Vaccination North-Western Provinces and Oudh 1878-1895 - 1878-1895
Year: 1878
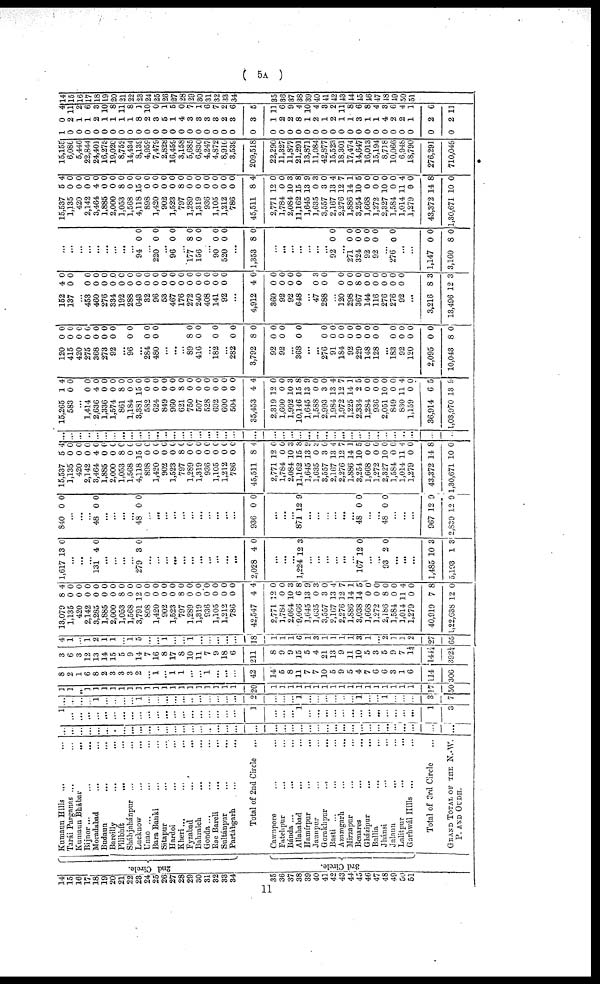
( 5A )
14
15
16
17
18
19
20
21
22
23
24
25
26
27
28
29
30
31
32
33
34
35
36
37
38
39
40
41
42
43
44
45
46
47
48
49
50
51
2nd Circle.
3rd Circle.
Kumaun Hills ... ...
Tarái Parganas ... ...
Kumaun Bhábar ... ...
Bijnor ... ...
Moradabad ... ...
Budaun ... ...
Bareilly ... ...
Pilibhit ... ...
Sháhjahánpur ... ...
Lucknow ... ...
Unao ... ...
Bara Banki ... ...
Sitapur ... ...
Hardoi ... ...
Kheri ... ...
Fyzabad
...
...
Bahraich ... ...
Gonda ... ...
Rae Bareli ... ...
Sultánpur ... ...
Partábgarh ... ...
Total of 2nd Circle
...
Cawnpore ... ...
Fatehpur ... ...
Bánda ... ...
Allahabad ... ...
Hamírpur ... ...
Jaunpur ... ...
Gorakhpur ... ...
Basti ... ...
Azamgarh ... ...
Mirzapur ... ...
Benares ... ...
Gházipur ... ...
Ballia ... ...
Jhánsi ... ...
Jalaun
...
...
Lalitpur
...
...
Garhwál Hills ... ...
Total of 3rd Circle ...
GRAND TOTAL OF THE N.-W.
P. AND OUDH.
...
...
...
...
...
...
...
...
...
...
...
...
...
...
...
...
...
...
...
...
...
...
...
...
...
...
...
...
...
...
...
...
...
...
...
...
...
...
...
...
...
1
...
...
...
...
...
...
...
...
...
...
...
...
...
...
...
...
...
...
...
...
1
...
...
...
1
...
...
...
...
...
...
...
...
...
...
...
...
...
1
3
...
...
...
...
1
...
...
...
...
1
...
...
...
...
...
..
...
...
...
...
...
2
...
...
...
1
...
...
...
...
...
...
1
...
...
1
...
...
...
3
7
1
1
...
1
1
1
1
1
1
1
1
1
1
1
1
1
1
1
1
1
1
20
1
1
1
1
1
1
1
1
1
1
1
1
1
1
1
1
1
17
50
8
2
1
6
8
2
3
3
3
2
...
1
... 1
1
...
...
1
...
...
...
42
14
5
8
11
7
7
10
5
9
5
4
7
6
6
3
1
6
114
306
3
6
3
12
13
14
15
5
9
14
7
16
8
17
8
10
11
7
9
18
6
211
8
9
9
15
5
4
21
13
9
11
10
5
3
5
9
7
1¼
144¼
392¼
4
1
...
1
2
1
1
...
1 5
...
...
1
...
...
1
...
...
...
...
18
1
1
1
6
1
3
1
1
1
1
3
1
2
1
1
2
27
65
13,079
1,135
420
2,142
3,285
1,885
2,000
1,053
1,568
3,791
898
1,420
902
1,523
797
1,289
1,319
936
1,105
1,212
786
42,547
2,771
1,784
2,084
9,066
1,645
1,635
3,557
2,167
2,276
1,886
3,038
1,668
1,272
2,186
1,584
1,014
1,279
40,919
l,22,638
8
0
0
0
0
0
0
8
0
12
0
0
0
0
8
0
0
0
0
0
0
4
12
0
10
6
13
0
3
13
12
14
14
0
0
8
0
11
0
7
12
4
0
0
0
0
0
0
0
0
0
0
0
0
0
0
0
0
0
0
0
0
4
0
0
3
8
9
3
0
4
7
1
5
0
0
0
0
4
0
8
0
1,617 13 0
...
...
...
131 4 0
...
...
...
...
279 3 0
...
...
...
...
...
...
...
...
...
...
...
2,028 4 0
...
...
...
1,224 12 3
...
...
...
...
...
...
167 12 0
...
...
93 2 0
...
...
...
1,485
5,193
10
1
3
3
840 0 0
...
...
...
48 0 0
...
...
...
...
48 0 0
...
...
...
...
...
...
...
...
...
...
...
936 0 0
...
...
...
871 12 9
...
...
...
...
...
...
48 0 0
...
...
48 0 0
...
...
...
967
2,839
12
12
9
9
15,537
1,135
420
2,142
3,464
1,885
2,000
1,053
1,568
4,118
898
1,420
902
1,523
797
1,289
1,319
936
1,105
1,212
786
45,511
2,771
1,784
2,084
11,162
1,645
1,635
3,557
2,167
2,276
1,886
3,254
1,668
1,272
2,327
1,584
1,014
1,279
43,372
1,30,671
5
0
0
0
4
0
0
8
0
15
0
0
0
0
8
0
0
0
0
0
0
8
12
0
10
15
13
0
3
13
12
14
10
0
0
10
0
11
0
14
10
4
0
0
0
0
0
0
0
0
0
0
0
0
0
0
0
0
0
0
0
0
4
0
0
3
8
9
3
0
4
7
1
5
0
0
0
0
4
0
8
0
...
...
...
...
...
...
...
...
...
...
...
...
...
...
...
...
...
...
...
...
...
...
...
...
...
...
...
...
...
...
...
...
...
...
...
...
...
15,265
583
1
0
4
0
...
1,414
2,636
1,336
1,574
861
1,184
3,381
582
624
849
960
621
750
507
528
692
600
504
35,453
2,319
1,600
1,992
10,146
1,645
1,588
2,993
1,984
1,972
1,225
2,334
1,284
936
2,051
849
830
1,159
36,914
1,03,970
0
4
0
0
8
0
15
0
0
0
0
8
0
0
0
0
0
0
4
12
0
10
15
13
0
3
13
12
14
2
0
0
10
0
11
0
6
13
0
0
0
0
0
0
0
0
0
0
0
0
0
0
0
0
0
0
4
0
0
3
8
9
0
0
4
7
1
5
0
0
0
0
4
0
5
9
120
415
420
275
368
273
92
0
0
0
0
0
0
0
0
0
0
0
0
0
0
...
96 0 0
...
284
480
0
0
0
0
...
...
...
89
416
. . .
182
8
0
0
0
0
0
...
282
3,792
92
92
0
8
0
0
0
0
0
0
...
368 0 0
...
...
276
91
184
92
229
148
128
...
183
92
120
2,095
10,043
0
0
0
0
0
0
0
0
0
0
0
8
0
0
0
0
0
0
0
0
0
0
0
0
152
137
4
0
0
0
...
453
460
276
334
192
288
643
32
96
53
467
176
272
240
408
141
92
0
0
0
0
0
0
0
0
0
0
0
0
0
0
0
0
0
0
0
0
.0
0
0
0
0
0
0
0
0
0
0
0
0
0
...
4,912
360
92
92
648
4
0
0
0
0
0
0
0
0
0
...
47
288
0
0
3
0
...
120
298
367
144
116
276
276
92
0
0
8
0
0
0
0
0
0
0
0
0
0
0
0
0
...
3,216
13,496
8
12
3
3
...
...
...
...
...
...
...
...
...
94 0 0
...
220
...
96
...
177
156
0
0
8
0
0
0
0
0
...
90
520
0
0
0
0
...
1,353 8 0
...
...
...
...
...
...
...
92 0 0
...
271
324
92
92
0
0
0
0
0
0
0
0
...
276 0 0
...
...
1,147
3,160
0
8
0
0
15,537
1,135
420
2,142
3,464
1,885
2,000
1,053
1,568
4,118
898
1,420
902
1,523
797
1,289
1,319
936
1,105
1,212
786
45,511
2,771
1,784
2,084
11,162
1,645
1,635
3,557
2,167
2,276
1,886
3,254
1,668
1,272
2,327
1,584
1,014
1,279
43,372
1,30,671
5
0
0
0
4
0
0
8
0
15
0
0
0
0
8
0
0
0
0
0
0
8
12
0
10
15
13
0
3
13
12
14
10
0
0
10
0
11
0
14
10
4
0
0
0
0
0
0
0
0
0
0
0
0
0
0
0
0
0
0
0
0
4
0
0
3
8
9
3
0
4
7
1
5
0
0
0
0
4
0
8
0
15,155
6,086
5,446
22,844
24,401
16,275
19,020
8,752
14,434
8,139
4,959
7,479
2,828
16,459
3,158
5,685
6,830
4,247
4,872
8,910
3,539
209,518
22,290
11,327
11,877
21,291
13,871
11,084
42,877
15,523
18,301
17,474
14,647
16,013
15,194
8,718
10,066
6,948
18,790
276,291
710,049
1
0
0
0
0
0
0
0
0
0
0
0
0
0
0
0
0
0
0
0
0
0
0
0
0
0
0
0
0
0
0
0
0
0
0
0
0
0
0
0
0
0
2
1
1
2
1
1
1
1
8
2
3
5
1
4
3
3
3
3
2
3
3
1
2
2
8
1
2
1
2
1
1
3
1
1
4
2
2
1
2
2
4
11
2
6
3
10
8
11
8
1
10
0
1
5
0
7
1
6
7
2
6
5
11
6
9
4
10
4
3
2
11
8
6
8
4
3
6
4
1
6
11
14
15
16
17
18
19
20
21
22
23
24
25
26
27
28
29
30
31
32
33
34
35
36
37
38
39
40
41
42
43
44
45
46
47
48
49
50
51
11